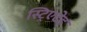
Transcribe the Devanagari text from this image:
स्ट्रिएटेड